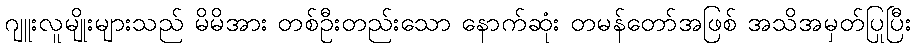
ဂျူးလူမျိုးများသည် မိမိအား တစ်ဦးတည်းသော နောက်ဆုံး တမန်တော်အဖြစ် အသိအမှတ်ပြုပြီး